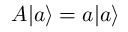
A | a \rangle = a | a \rangle